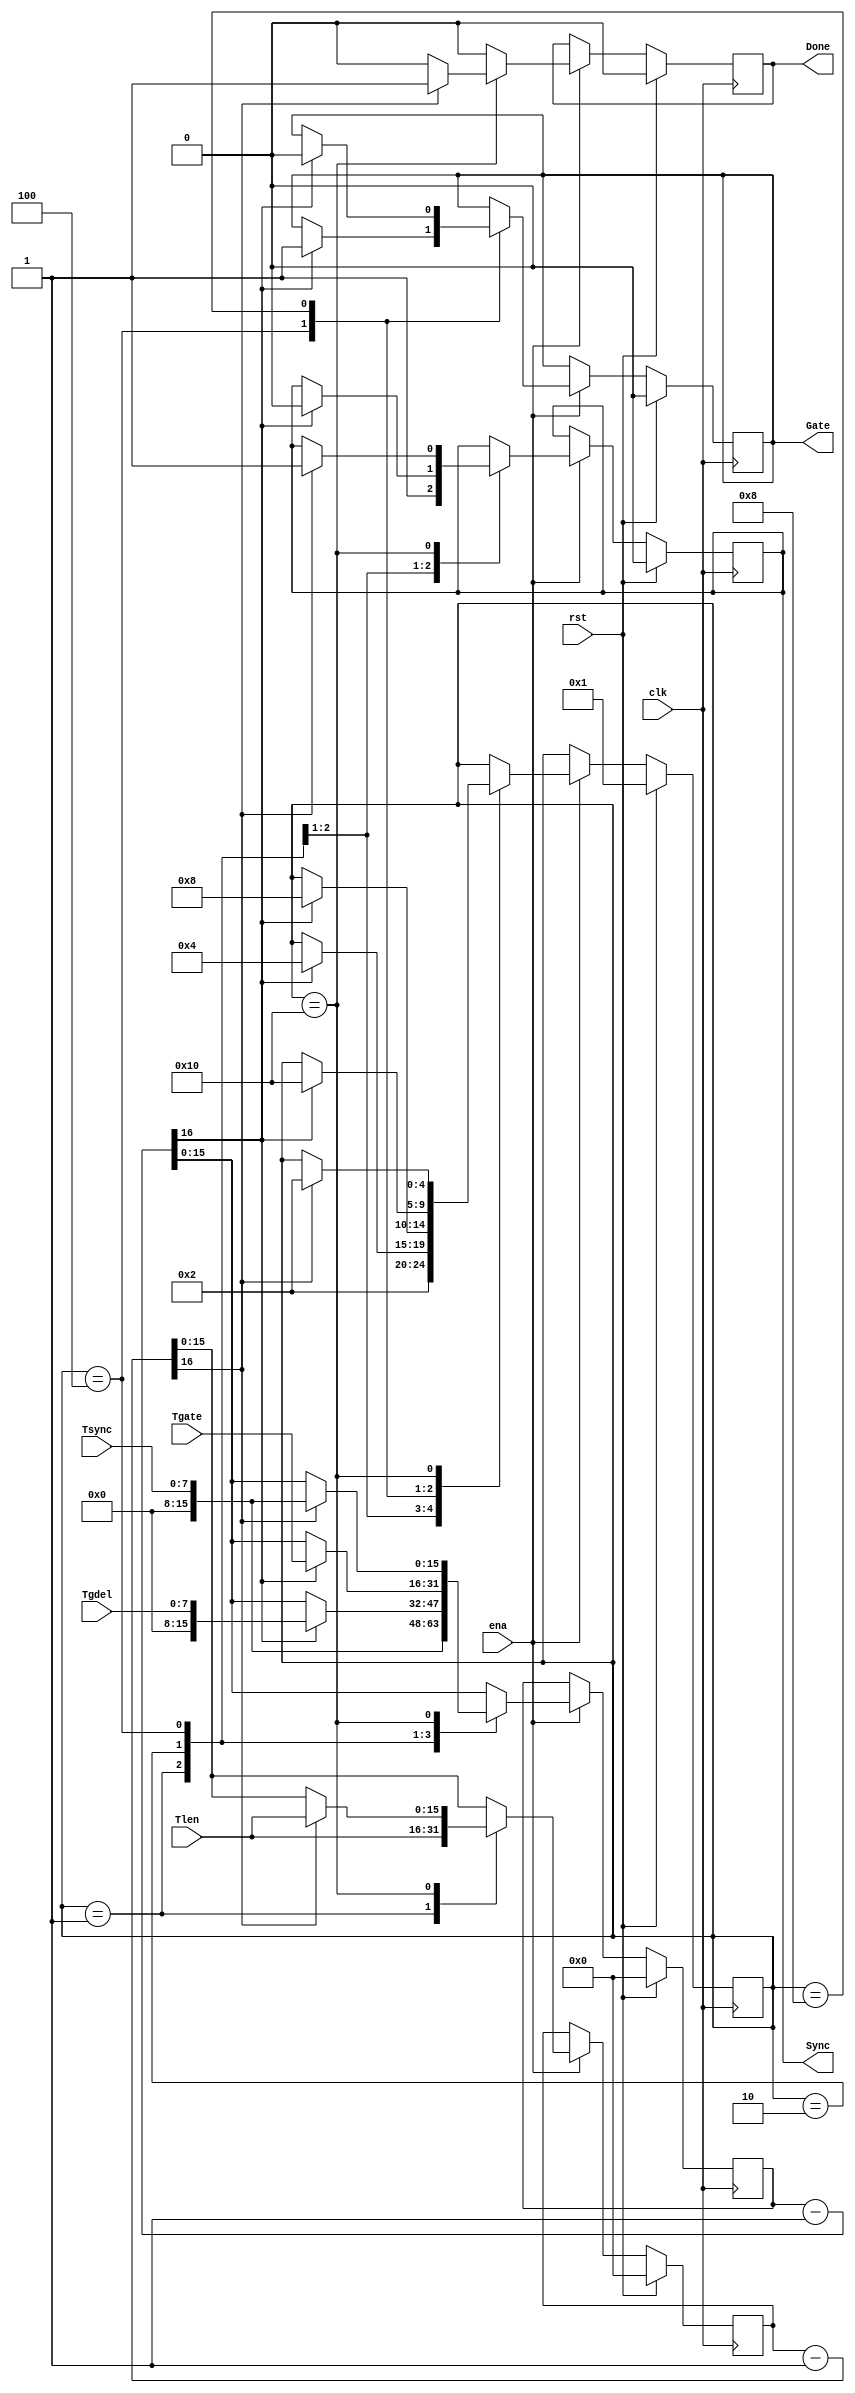
/////////////////////////////////////////////////////////////////////
////                                                             ////
////  WISHBONE rev.B2 compliant VGA/LCD Core; Timing Generator   ////
////  Video Timing Generator                                     ////
////                                                             ////
////          richard@asics.ws                                   ////
////          www.asics.ws                                       ////
////                                                             ////
////  Downloaded from: http://www.opencores.org/projects/vga_lcd ////
////                                                             ////
/////////////////////////////////////////////////////////////////////
////                                                             ////
//// Copyright (C) 2001 Richard Herveille                        ////
////                    richard@asics.ws                         ////
////                                                             ////
//// This source file may be used and distributed without        ////
//// restriction provided that this copyright statement is not   ////
//// removed from the file and that any derivative work contains ////
//// the original copyright notice and the associated disclaimer.////
////                                                             ////
////     THIS SOFTWARE IS PROVIDED ``AS IS'' AND WITHOUT ANY     ////
//// EXPRESS OR IMPLIED WARRANTIES, INCLUDING, BUT NOT LIMITED   ////
//// TO, THE IMPLIED WARRANTIES OF MERCHANTABILITY AND FITNESS   ////
//// FOR A PARTICULAR PURPOSE. IN NO EVENT SHALL THE AUTHOR      ////
//// OR CONTRIBUTORS BE LIABLE FOR ANY DIRECT, INDIRECT,         ////
//// INCIDENTAL, SPECIAL, EXEMPLARY, OR CONSEQUENTIAL DAMAGES    ////
//// (INCLUDING, BUT NOT LIMITED TO, PROCUREMENT OF SUBSTITUTE   ////
//// GOODS OR SERVICES; LOSS OF USE, DATA, OR PROFITS; OR        ////
//// BUSINESS INTERRUPTION) HOWEVER CAUSED AND ON ANY THEORY OF  ////
//// LIABILITY, WHETHER IN  CONTRACT, STRICT LIABILITY, OR TORT  ////
//// (INCLUDING NEGLIGENCE OR OTHERWISE) ARISING IN ANY WAY OUT  ////
//// OF THE USE OF THIS SOFTWARE, EVEN IF ADVISED OF THE         ////
//// POSSIBILITY OF SUCH DAMAGE.                                 ////
////                                                             ////
/////////////////////////////////////////////////////////////////////

//  CVS Log
//
//  $Id: vga_vtim.v,v 1.8 2003/05/07 09:48:54 rherveille Exp $
//
//  $Date: 2003/05/07 09:48:54 $
//  $Revision: 1.8 $
//  $Author: rherveille $
//  $Locker:  $
//  $State: Exp $
//
// Change History:
//               $Log: vga_vtim.v,v $
//               Revision 1.8  2003/05/07 09:48:54  rherveille
//               Fixed some Wishbone RevB.3 related bugs.
//               Changed layout of the core. Blocks are located more logically now.
//               Started work on a dual clocked/double edge 12bit output. Commonly used by external devices like DVI transmitters.
//
//               Revision 1.7  2003/03/19 12:50:45  rherveille
//               Changed timing generator; made it smaller and easier.
//
//               Revision 1.6  2002/04/20 10:02:39  rherveille
//               Changed video timing generator.
//               Changed wishbone master vertical gate count code.
//               Fixed a potential bug in the wishbone slave (cursor color register readout).
//
//               Revision 1.5  2002/01/28 03:47:16  rherveille
//               Changed counter-library.
//               Changed vga-core.
//               Added 32bpp mode.
//



`timescale 1 ns / 1 ns


module vga_vtim(clk, ena, rst, Tsync, Tgdel, Tgate, Tlen, Sync, Gate, Done);
	// inputs & outputs
	input clk; // master clock
	input ena; // count enable
	input rst; // synchronous active high reset

	input [ 7:0] Tsync; // sync duration
	input [ 7:0] Tgdel; // gate delay
	input [15:0] Tgate; // gate length
	input [15:0] Tlen;  // line time / frame time

	output Sync; // synchronization pulse
	output Gate; // gate
	output Done; // done with line/frame
	reg Sync;
	reg Gate;
	reg Done;

	//
	// module body
	//

	// generate timing statemachine
	reg  [15:0] cnt, cnt_len;
	wire [16:0] cnt_nxt, cnt_len_nxt;
	wire        cnt_done, cnt_len_done;

	assign cnt_nxt = {1'b0, cnt} -17'h1;
	assign cnt_done = cnt_nxt[16];

	assign cnt_len_nxt = {1'b0, cnt_len} -17'h1;
	assign cnt_len_done = cnt_len_nxt[16];

	reg [4:0] state;
	parameter [4:0] idle_state = 5'b00001;
	parameter [4:0] sync_state = 5'b00010;
	parameter [4:0] gdel_state = 5'b00100;
	parameter [4:0] gate_state = 5'b01000;
	parameter [4:0] len_state  = 5'b10000;

	always @(posedge clk)
	  if (rst)
	    begin
	        state   <= #1 idle_state;
	        cnt     <= #1 16'h0;
	        cnt_len <= #1 16'b0;
	        Sync    <= #1 1'b0;
	        Gate    <= #1 1'b0;
	        Done    <= #1 1'b0;
	    end
	  else if (ena)
	    begin
	        cnt     <= #1 cnt_nxt[15:0];
	        cnt_len <= #1 cnt_len_nxt[15:0];

	        Done    <= #1 1'b0;

	        case (state) // synopsys full_case parallel_case
	          idle_state:
	            begin
	                state   <= #1 sync_state;
	                cnt     <= #1 Tsync;
	                cnt_len <= #1 Tlen;

	                Sync    <= #1 1'b1;
	            end

	          sync_state:
	            if (cnt_done)
	              begin
	                  state <= #1 gdel_state;
	                  cnt   <= #1 Tgdel;

	                  Sync  <= #1 1'b0;
	              end

	          gdel_state:
	            if (cnt_done)
	              begin
	                  state <= #1 gate_state;
	                  cnt   <= #1 Tgate;

	                  Gate  <= #1 1'b1;
	              end

	          gate_state:
	            if (cnt_done)
	              begin
	                  state <= #1 len_state;

	                  Gate  <= #1 1'b0;
	              end

	          len_state:
	            if (cnt_len_done)
	              begin
	                  state   <= #1 sync_state;
	                  cnt     <= #1 Tsync;
	                  cnt_len <= #1 Tlen;

	                  Sync    <= #1 1'b1;
	                  Done    <= #1 1'b1;
	              end

	        endcase
	    end
endmodule